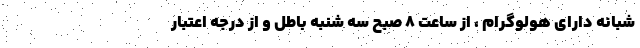
شبانه دارای هولوگرام ، از ساعت ۸ صبح سه شنبه باطل و از درجه اعتبار